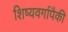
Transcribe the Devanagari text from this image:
शिष्यवर्गापैकी